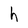
Character: h